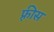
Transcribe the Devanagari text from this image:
फ़्रीस